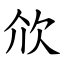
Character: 㰡